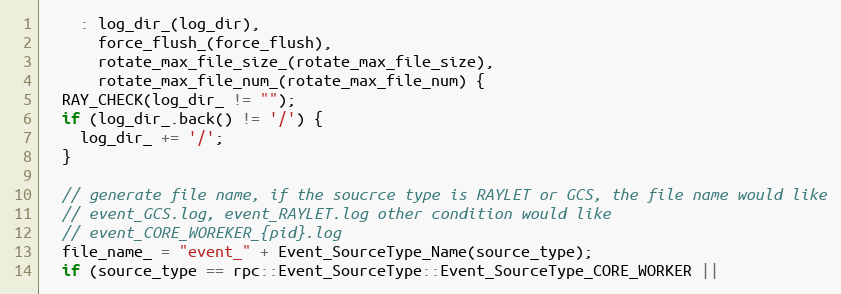
Language: C++
    : log_dir_(log_dir),
      force_flush_(force_flush),
      rotate_max_file_size_(rotate_max_file_size),
      rotate_max_file_num_(rotate_max_file_num) {
  RAY_CHECK(log_dir_ != "");
  if (log_dir_.back() != '/') {
    log_dir_ += '/';
  }

  // generate file name, if the soucrce type is RAYLET or GCS, the file name would like
  // event_GCS.log, event_RAYLET.log other condition would like
  // event_CORE_WOREKER_{pid}.log
  file_name_ = "event_" + Event_SourceType_Name(source_type);
  if (source_type == rpc::Event_SourceType::Event_SourceType_CORE_WORKER ||